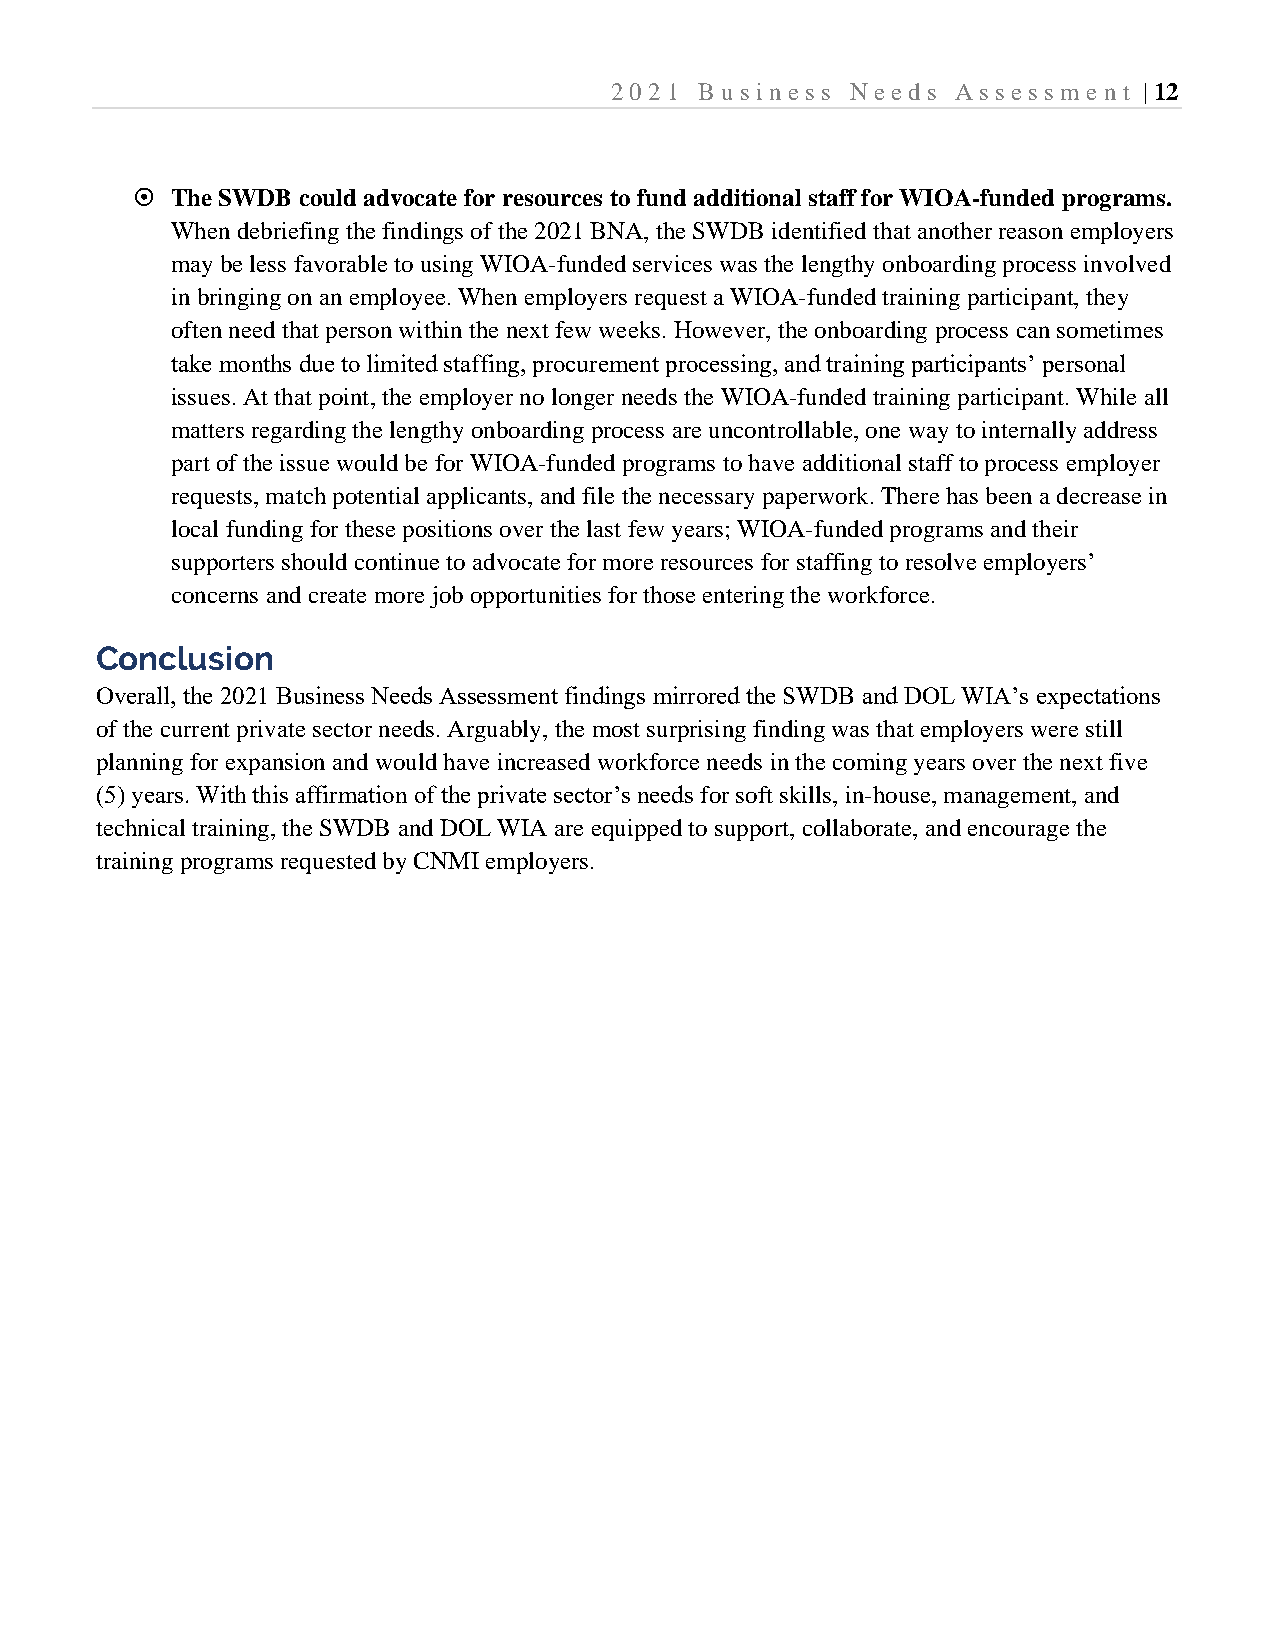
2021  B usi ness Needs Assessm  e nt | 12
  The SWDB could advocate for resources to fund additional staff for WIOA-funded programs.
 When debriefing the findings of the 2021 BNA, the SWDB identified that another reason employers
 may be less favorable to using WIOA-funded services was the lengthy onboarding process involved
 in bringing on an employee. When employers request a WIOA-funded training participant, they
 often need that person within the next few weeks. However, the onboarding process can sometimes
 take months due to limited staffing, procurement processing, and training participants’ personal
 issues. At that point, the employer no longer needs the WIOA-funded training participant. While all
 matters regarding the lengthy onboarding process are uncontrollable, one way to internally address
 part of the issue would be for WIOA-funded programs to have additional staff to process employer
 requests, match potential applicants, and file the necessary paperwork. There has been a decrease in
 local funding for these positions over the last few years; WIOA-funded programs and their
 supporters should continue to advocate for more resources for staffing to resolve employers’
 concerns and create more job opportunities for those entering the workforce.
 Conclusion
 Overall, the 2021 Business Needs Assessment findings mirrored the SWDB and DOL WIA’s expectations
 of the current private sector needs. Arguably, the most surprising finding was that employers were still
 planning for expansion and would have increased workforce needs in the coming years over the next five
 (5) years. With this affirmation of the private sector’s needs for soft skills, in-house, management, and
 technical training, the SWDB and DOL WIA are equipped to support, collaborate, and encourage the
 training programs requested by CNMI employers.